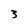
Character: 3